Vaccination in the Punjab 1905-1918 - 1905-1918
Year: 1905
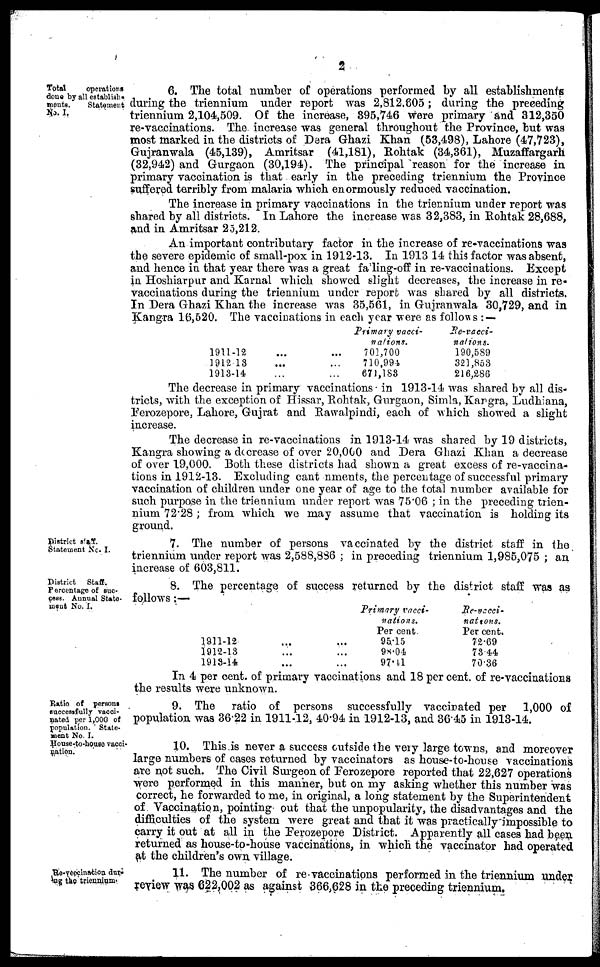
2
Total
operations
done by all establish-
ments.
Statement
No. I.
6. The total number of operations performed by all establishments
during the triennium under report was 2,812,605; during the preceding
triennium 2,104,509. Of the increase, 395,746 were primary and 312,350
re-vaccinations. The increase was general throughout the Province, but was
most marked in the districts of Dera Ghazi Khan (53,498), Lahore (47,723),
Gujranwala (45,139), Amritsar (41,181), Rohtak (34,361), Muzaffargarh
(32,942) and Gurgaon (30,194). The principal reason for the increase in
primary vaccination is that early in the preceding triennium the Province
suffered terribly from malaria which enormously reduced vaccination.
The increase in primary vaccinations in the triennium under report was
shared by all districts. In Lahore the increase was 32,383, in Rohtak 28,688,
and in Amritsar 25,212.
An important contributary factor in the increase of re-vaccinations was
the severe epidemic of small-pox in 1912-13. In 1913 14 this factor was absent,
and hence in that year there was a great fa ling-off in re-vaccinations. Except
in Hoshiarpur and Karnal which showed slight decreases, the increase in re-
vaccinations during the triennium under report was shared by all districts.
In Dera Ghazi Khan the increase was 35,561, in Gujranwala 30,729, and in
Kangra 16,520. The vaccinations in each year were as follows : —
1911-12 ... ...
1912-13 ... ...
1913-14 ... ...
Primary vacci-
--tions.
701,700
710,994
671,183
Re-vacci-
nations.
190,589
321,853
216,286
The decrease in primary vaccinations in 1913-14 was shared by all dis-
tricts, with the exception of Hissar, Rohtak, Gurgaon, Simla, Kargra, Ludhiana,
Ferozepore, Lahore, Gujrat and Rawalpindi, each of which showed a slight
increase.
The decrease in re-vaccinations in 1913-14 was shared by 19 districts,
Kangra showing a decrease of over 20,000 and Dera Ghazi Khan a decrease
of over 19,000. Both these districts had shown a great excess of re-vaccina-
tions in 1912-13. Excluding cantonments, the percentage of successful primary
vaccination of children under one year of age to the total number available for
such purpose in the triennium under report was 75.06 ; in the preceding trien-
nium 72.28; from which we may assume that vaccination is holding its
ground.
District staff.
Statement No. I.
7. The number of persons vaccinated by the district staff in the
triennium under report was 2,588,886 ; in preceding triennium 1,985,075 ; an
increase of 603,811.
District
Staff.
Percentage of suc-
cess. Annual State-
ment No. I.
8. The percentage of success returned by the district staff was as
follows :—
1911-12 ... ...
1912-13
...
...
1913-14 ... ...
Primary vacci-
nations.
Per cent
95.15
98.04
97.41
Re-vacci-
nations.
Per cent.
72.69
73.44
70.36
In 4 per cent. of primary vaccinations and 18 per cent. of re-vaccinations
the results were unknown.
Ratio of persons
successfully vacci-
nated per 1,000 of
population. State-
ment No. I.
House-to-house vacci-
nation.
9. The ratio of persons successfully vaccinated per 1,000 of
population was 36.22 in 1911-12, 40.94 in 1912-13, and 36.45 in 1913-14.
10. This is never a success outside the very large towns, and moreover
large numbers of cases returned by vaccinators as house-to-house vaccinations
are not such. The Civil Surgeon of Ferozepore reported that 22,627 operations
were performed in this manner, but on my asking whether this number was
correct, he forwarded to me, in original, a long statement by the Superintendent
of Vaccination, pointing out that the unpopularity, the disadvantages and the
difficulties of the system were great and that it was practically impossible to
carry it out at all in the Ferozepore District. Apparently all cases had been
returned as house-to-house vaccinations, in which the vaccinator had operated
at the children's own village.
Re-veccination dur-
ing the triennium
11. The number of re-vaccinations performed in the triennium under
review was 622,002 as against 366,628 in the preceding triennium.